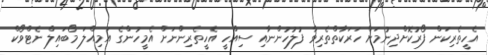
އެހީތެރިކަން ފޯރުކޮށްދިނުމަށް ހަރަކާތްތެރިވާ ފުލުހުންނާއި ސިއްހީ އެހީތެރިންނަށް އެމީހުންގެ އަމިއްލަ މޯބައިލް ނެޓްވޯކް